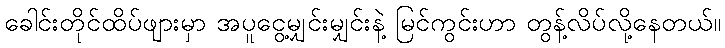
ခေါင်းတိုင်ထိပ်ဖျားမှာ အပူငွေ့မျှင်းမျှင်းနဲ့ မြင်ကွင်းဟာ တွန့်လိပ်လို့နေတယ်။